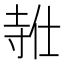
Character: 𪧸